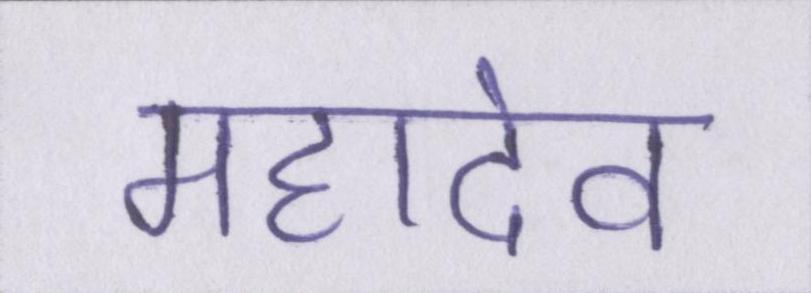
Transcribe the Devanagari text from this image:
महादेव